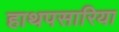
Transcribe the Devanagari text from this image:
हाथपसारिया